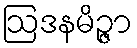
ဩဒနမိဉ္ဇာ